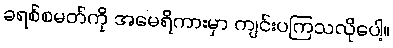
ခရစ်စမတ်ကို အမေရိကားမှာ ကျင်းပကြသလိုပေါ့။